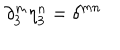
LaTeX: \partial _ { 3 } ^ { m } \eta _ { 3 } ^ { n } = \delta ^ { m n }